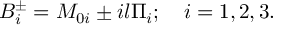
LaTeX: B _ { i } ^ { \pm } = M _ { 0 i } \pm i l \Pi _ { i } ; \quad i = 1 , 2 , 3 .